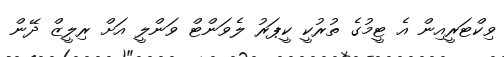
ވިކްޓަރީއިން އެ ޓީމުގެ ތުރުކީ ކީޕަރު ލެވަންޓް ވަންލީ އަށް ރިލީޒް ދޭން